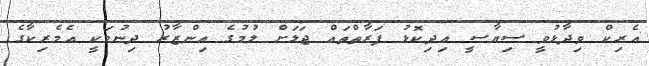
އެރިކް ވިދާޅުވީ ސިޔާސީ އިދިކޮޅު ފަރާތްތައް ޖަލަށް ލުމުގެ އިންޒާރު ދިނުމަކީ އެމެރިކާގެ